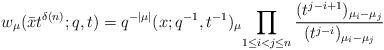
LaTeX: \begin{align*}w_{\mu}(\bar{x} t^{\delta(n)};q,t) = q^{-|\mu|} (x;q^{-1}, t^{-1})_{\mu}\! \prod_{1\leq i < j\leq n} \dfrac{(t^{j-i+1})_{\mu_i-\mu_j} } {(t^{j-i})_{\mu_i -\mu_j} } \end{align*}